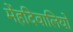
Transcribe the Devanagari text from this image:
मेंहदिवालियों